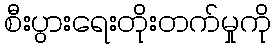
စီးပွားရေးတိုးတက်မှုကို